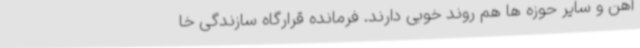
آهن و سایر حوزه ها هم روند خوبی دارند. فرمانده قرارگاه سازندگی خا